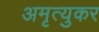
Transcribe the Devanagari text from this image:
अमृत्युकर